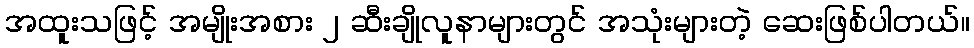
အထူးသဖြင့် အမျိုးအစား ၂ ဆီးချိုလူနာများတွင် အသုံးများတဲ့ ဆေးဖြစ်ပါတယ်။